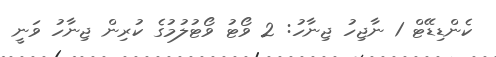
ކެންޑިޑޭޓް 1 ނާޖިހު ޖިނާހު: 2 ވޯޓު ވޯޓުލުމުގެ ކުރިން ޖިނާހު ވަނީ